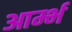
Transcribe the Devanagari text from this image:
आर्म्भ